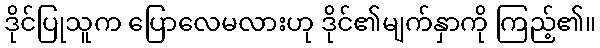
ဒိုင်ပြုသူက ပြောလေမလားဟု ဒိုင်၏မျက်နှာကို ကြည့်၏။